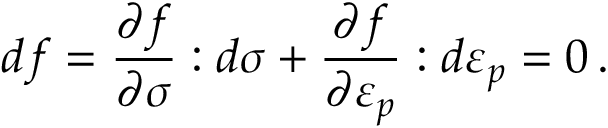
d f = { \frac { \partial f } { \partial { \boldsymbol { \sigma } } } } : d { \boldsymbol { \sigma } } + { \frac { \partial f } { \partial { \boldsymbol { \varepsilon } } _ { p } } } : d { \boldsymbol { \varepsilon } } _ { p } = 0 \, .